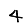
Digit: 4